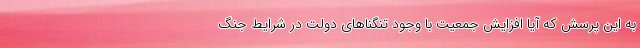
به این پرسش که آیا افزایش جمعیت با وجود تنگناهای دولت در شرایط جنگ